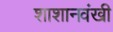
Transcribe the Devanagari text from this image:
शाशानवंखी